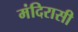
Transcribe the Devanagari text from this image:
मंदिरासी